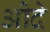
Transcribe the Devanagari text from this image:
ओदे